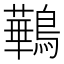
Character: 鷨